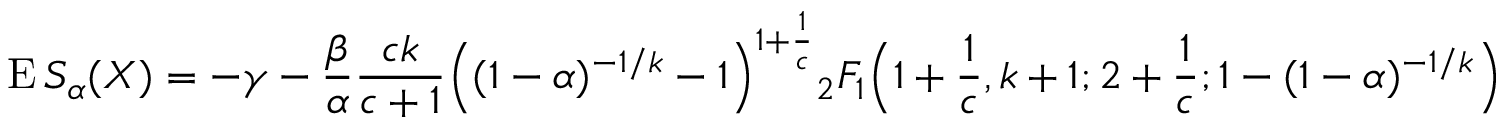
\operatorname { E } S _ { \alpha } ( X ) = - \gamma - { \frac { \beta } { \alpha } } { \frac { c k } { c + 1 } } { \Big ( } ( 1 - \alpha ) ^ { - 1 / k } - 1 { \Big ) } ^ { 1 + { \frac { 1 } { c } } } { _ { 2 } F _ { 1 } } { \Big ( } 1 + { \frac { 1 } { c } } , k + 1 ; 2 + { \frac { 1 } { c } } ; 1 - ( 1 - \alpha ) ^ { - 1 / k } { \Big ) }